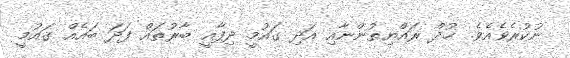
ނުކުރެވެއެވެ. ޚުދް ރައްޔިތުންނާއި އަދި ގައުމީ ދިފާއީ ބާރުތައް ފަދަ ބައެއް ގައުމީ